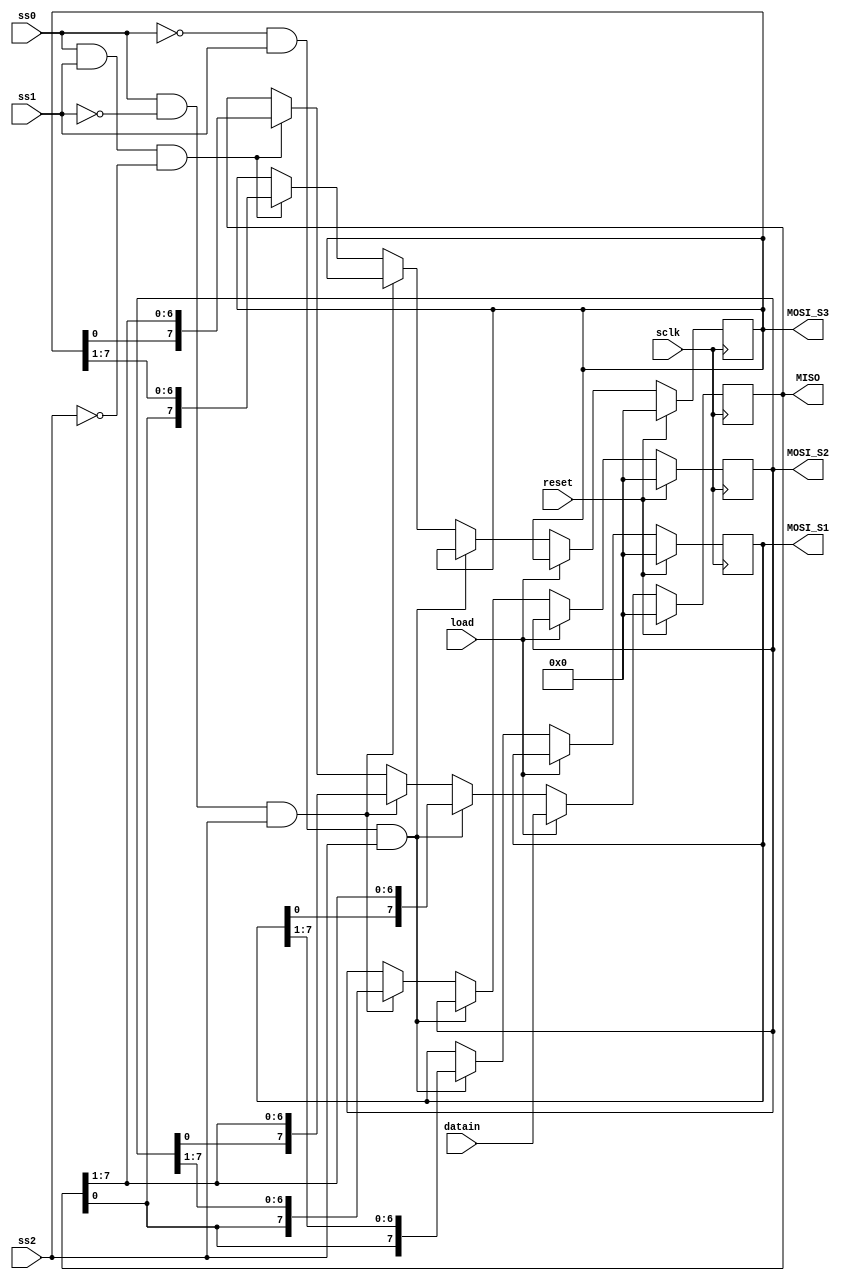
`timescale 1ns / 1ps
//////////////////////////////////////////////////////////////////////////////////
// Company: 
// Engineer: 
// 
// Design Name: 
// Module Name: SPI
// Project Name: 
// Target Devices: 
// Tool Versions: 
// Description: 
// 
// Dependencies: 
// 
// Revision:
// Revision 0.01 - File Created
// Additional Comments:
// 
//////////////////////////////////////////////////////////////////////////////////


module SPI(sclk, reset, ss0, ss1, ss2, datain, MISO, MOSI_S1, MOSI_S2, MOSI_S3, load);
  
  input sclk, reset,load, ss0, ss1, ss2;
  input [7:0] datain;
  output reg [7:0] MISO, MOSI_S1, MOSI_S2, MOSI_S3;
  
  always@(posedge sclk)
    begin
      if(reset)  // Active high reset
        begin
          MISO = 8'b00000000;
          MOSI_S1 = 8'b00000000;
          MOSI_S2 = 8'b00000000;
          MOSI_S3 = 8'b00000000;
        end
      else if (load) begin
        MISO = datain;
        end
      else
        begin
          if(!ss0 && ss1 && ss2)    //Active low slave select inputs
            begin
              MISO <= {MOSI_S1[0], MISO[7:1]};
              MOSI_S1 <= {MISO[0], MOSI_S1[7:1]};
            end
          else if(ss0 && !ss1 && ss2)
            begin
              MISO <= {MOSI_S2[0], MISO[7:1]};
              MOSI_S2 <= {MISO[0], MOSI_S2[7:1]};
            end
          else if(ss0 && ss1 && !ss2)
            begin
              MISO <= {MOSI_S3[0], MISO[7:1]};
              MOSI_S3 <= {MISO[0], MOSI_S3[7:1]};
            end
        end
    end
endmodule